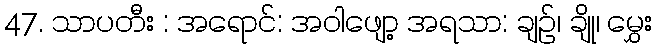
47. သာပတီး : အရောင်: အဝါဖျော့ အရသာ: ချဉ်၊ ချို၊ မွှေး